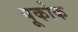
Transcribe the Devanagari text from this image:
पूकोक